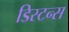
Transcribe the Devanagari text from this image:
डिस्‍टन्स